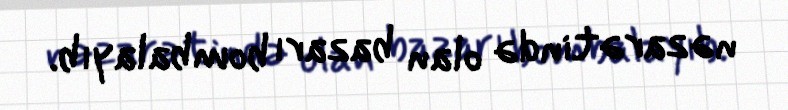
nəzarətində olan bazarı bombalayıb.